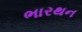
ભારથન